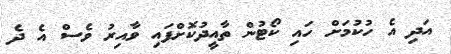
އަދި އެ ހުކުމަށް ހައި ކޯޓުން ތާއީދުކޮށްފައި ވާއިރު ވެސް އެ ދެ